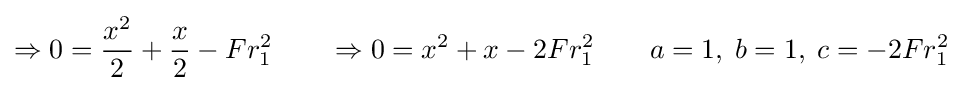
\Rightarrow 0={\frac {x^{2}}{2}}+{\frac {x}{2}}-Fr_{1}^{2}\qquad \Rightarrow 0=x^{2}+x-2Fr_{1}^{2}\qquad a=1,\;b=1,\;c=-2Fr_{1}^{2}